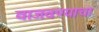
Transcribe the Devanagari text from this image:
वाजवण्याचा